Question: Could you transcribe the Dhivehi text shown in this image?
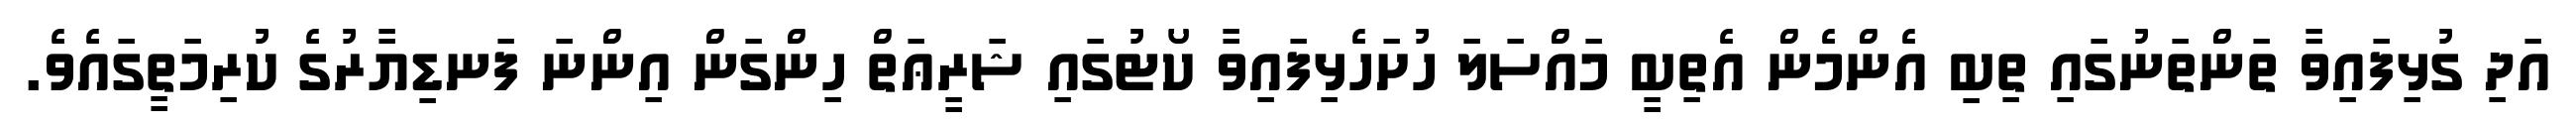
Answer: އަދި ގުޅިފައިވާ ތަންތަނުގައި ތިބި އެންމެން އެތިބީ މައްސަލަ ހުށަހެޅިފައިވާ ކޯޓުގައި ޝަރީޢަތް ހިންގަން އިންނަ ފަނޑިޔާރުގެ ކުރިމަތީގައެވެ.